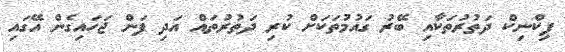
ޕިކްނިކް ދަތުރުތަކާއި ބޭރު ގައުމުތަކަށް ކުރި ދަތުރުތައް އަދި ފަން ޖަހައިގެން އޭގައި